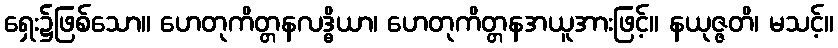
ရှေး၌ဖြစ်သော။ ဟေတုကိတ္တနလဒ္ဓိယာ၊ ဟေတုကိတ္တနအယူအားဖြင့်။ နယုဇ္ဇတိ၊ မသင့်။